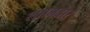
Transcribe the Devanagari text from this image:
शाानदार